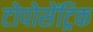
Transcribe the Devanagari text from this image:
टोपोसेंट्रिक